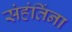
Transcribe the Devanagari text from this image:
संहंतिंना